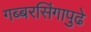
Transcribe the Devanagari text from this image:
गब्बरसिंगापुढे